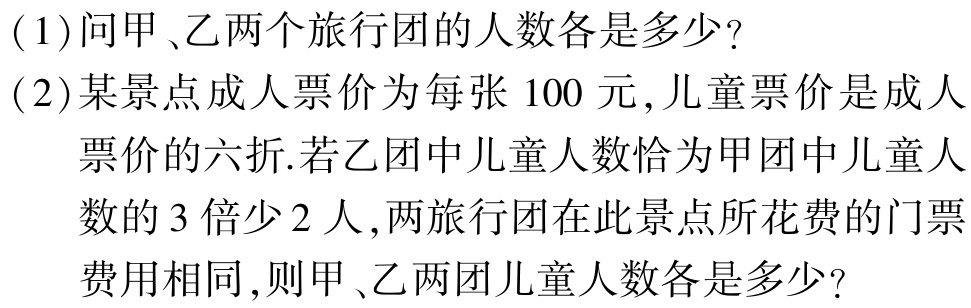
(1)问甲、乙两个旅行团的人数各是多少?
(2)某景点成人票价为每张$100$元,儿童票价是成人
  票价的六折.若乙团中儿童人数恰为甲团中儿童人
  数的$3$倍少$2$人,两旅行团在此景点所花费的门票
  费用相同,则甲、乙两团儿童人数各是多少?